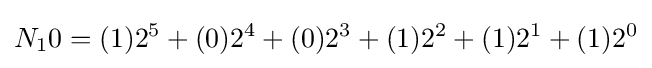
N_{1}0=(1)2^{5}+(0)2^{4}+(0)2^{3}+(1)2^{2}+(1)2^{1}+(1)2^{0}